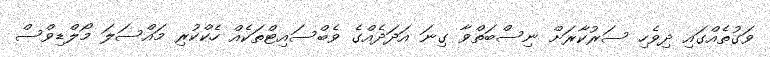
ވަގުތެއްގައި ދިވެހި ސަރުކާރަށް ނިސްބަތްވާ ގިނަ އަދަދެއްގެ ވެބްސައިޓްތަކެއް ހެކްކުރި މައްސަލަ މޯލްޑިވްސް